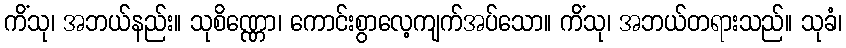
ကိံသု၊ အဘယ်နည်း။ သုစိဏ္ဏော၊ ကောင်းစွာလေ့ကျက်အပ်သော။ ကိံသု၊ အဘယ်တရားသည်။ သုခံ၊